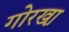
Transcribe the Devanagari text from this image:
गोरखा़